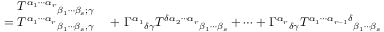
\begin{array} { r l } { T ^ { \alpha _ { 1 } \cdots \alpha _ { r } } { } _ { \beta _ { 1 } \cdots \beta _ { s } ; \gamma } } & { { } } \\ { = T ^ { \alpha _ { 1 } \cdots \alpha _ { r } } { } _ { \beta _ { 1 } \cdots \beta _ { s } , \gamma } } & { { } + \, \Gamma ^ { \alpha _ { 1 } } { } _ { \delta \gamma } T ^ { \delta \alpha _ { 2 } \cdots \alpha _ { r } } { } _ { \beta _ { 1 } \cdots \beta _ { s } } + \cdots + \Gamma ^ { \alpha _ { r } } { } _ { \delta \gamma } T ^ { \alpha _ { 1 } \cdots \alpha _ { r - 1 } \delta } { } _ { \beta _ { 1 } \cdots \beta _ { s } } } \end{array}